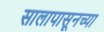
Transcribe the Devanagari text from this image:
सालापासूनच्या